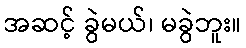
အဆင့် ခွဲမယ်၊ မခွဲဘူး။